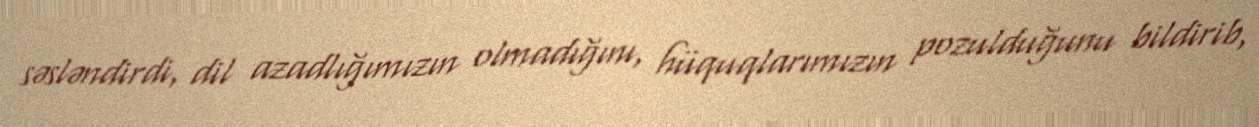
səsləndirdi, dil azadlığımızın olmadığını, hüquqlarımızın pozulduğunu bildirib,